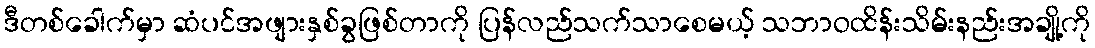
ဒီတစ်ခေါက်မှာ ဆံပင်အဖျားနှစ်ခွဖြစ်တာကို ပြန်လည်သက်သာစေမယ့် သဘာဝထိန်းသိမ်းနည်းအချို့ကို